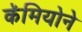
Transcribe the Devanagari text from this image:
कॅमियोने